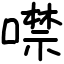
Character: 噤